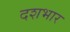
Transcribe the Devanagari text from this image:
दशभार